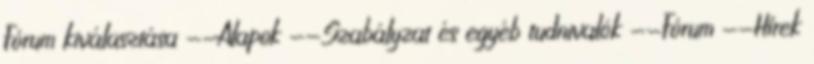
Fórum kiválasztása --Alapok --Szabályzat és egyéb tudnivalók --Fórum --Hírek